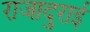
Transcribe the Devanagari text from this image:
राजादुराई